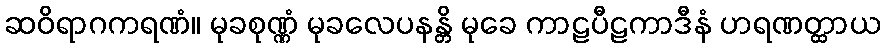
ဆဝိရာဂကရဏံ။ မုခစုဏ္ဏံ မုခလေပနန္တိ မုခေ ကာဠပီဠကာဒီနံ ဟရဏတ္ထာယ